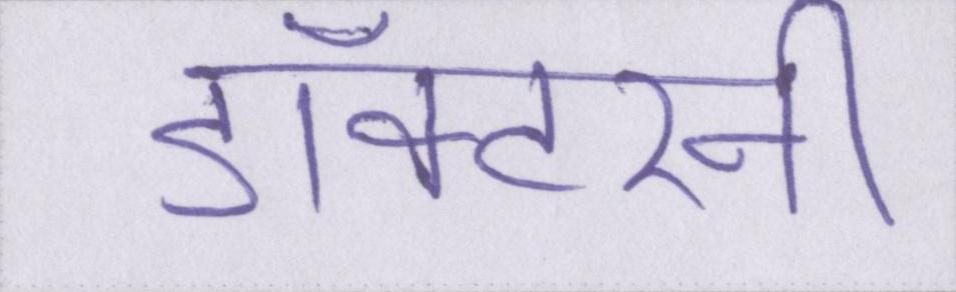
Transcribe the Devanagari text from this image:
डॉक्टरनी